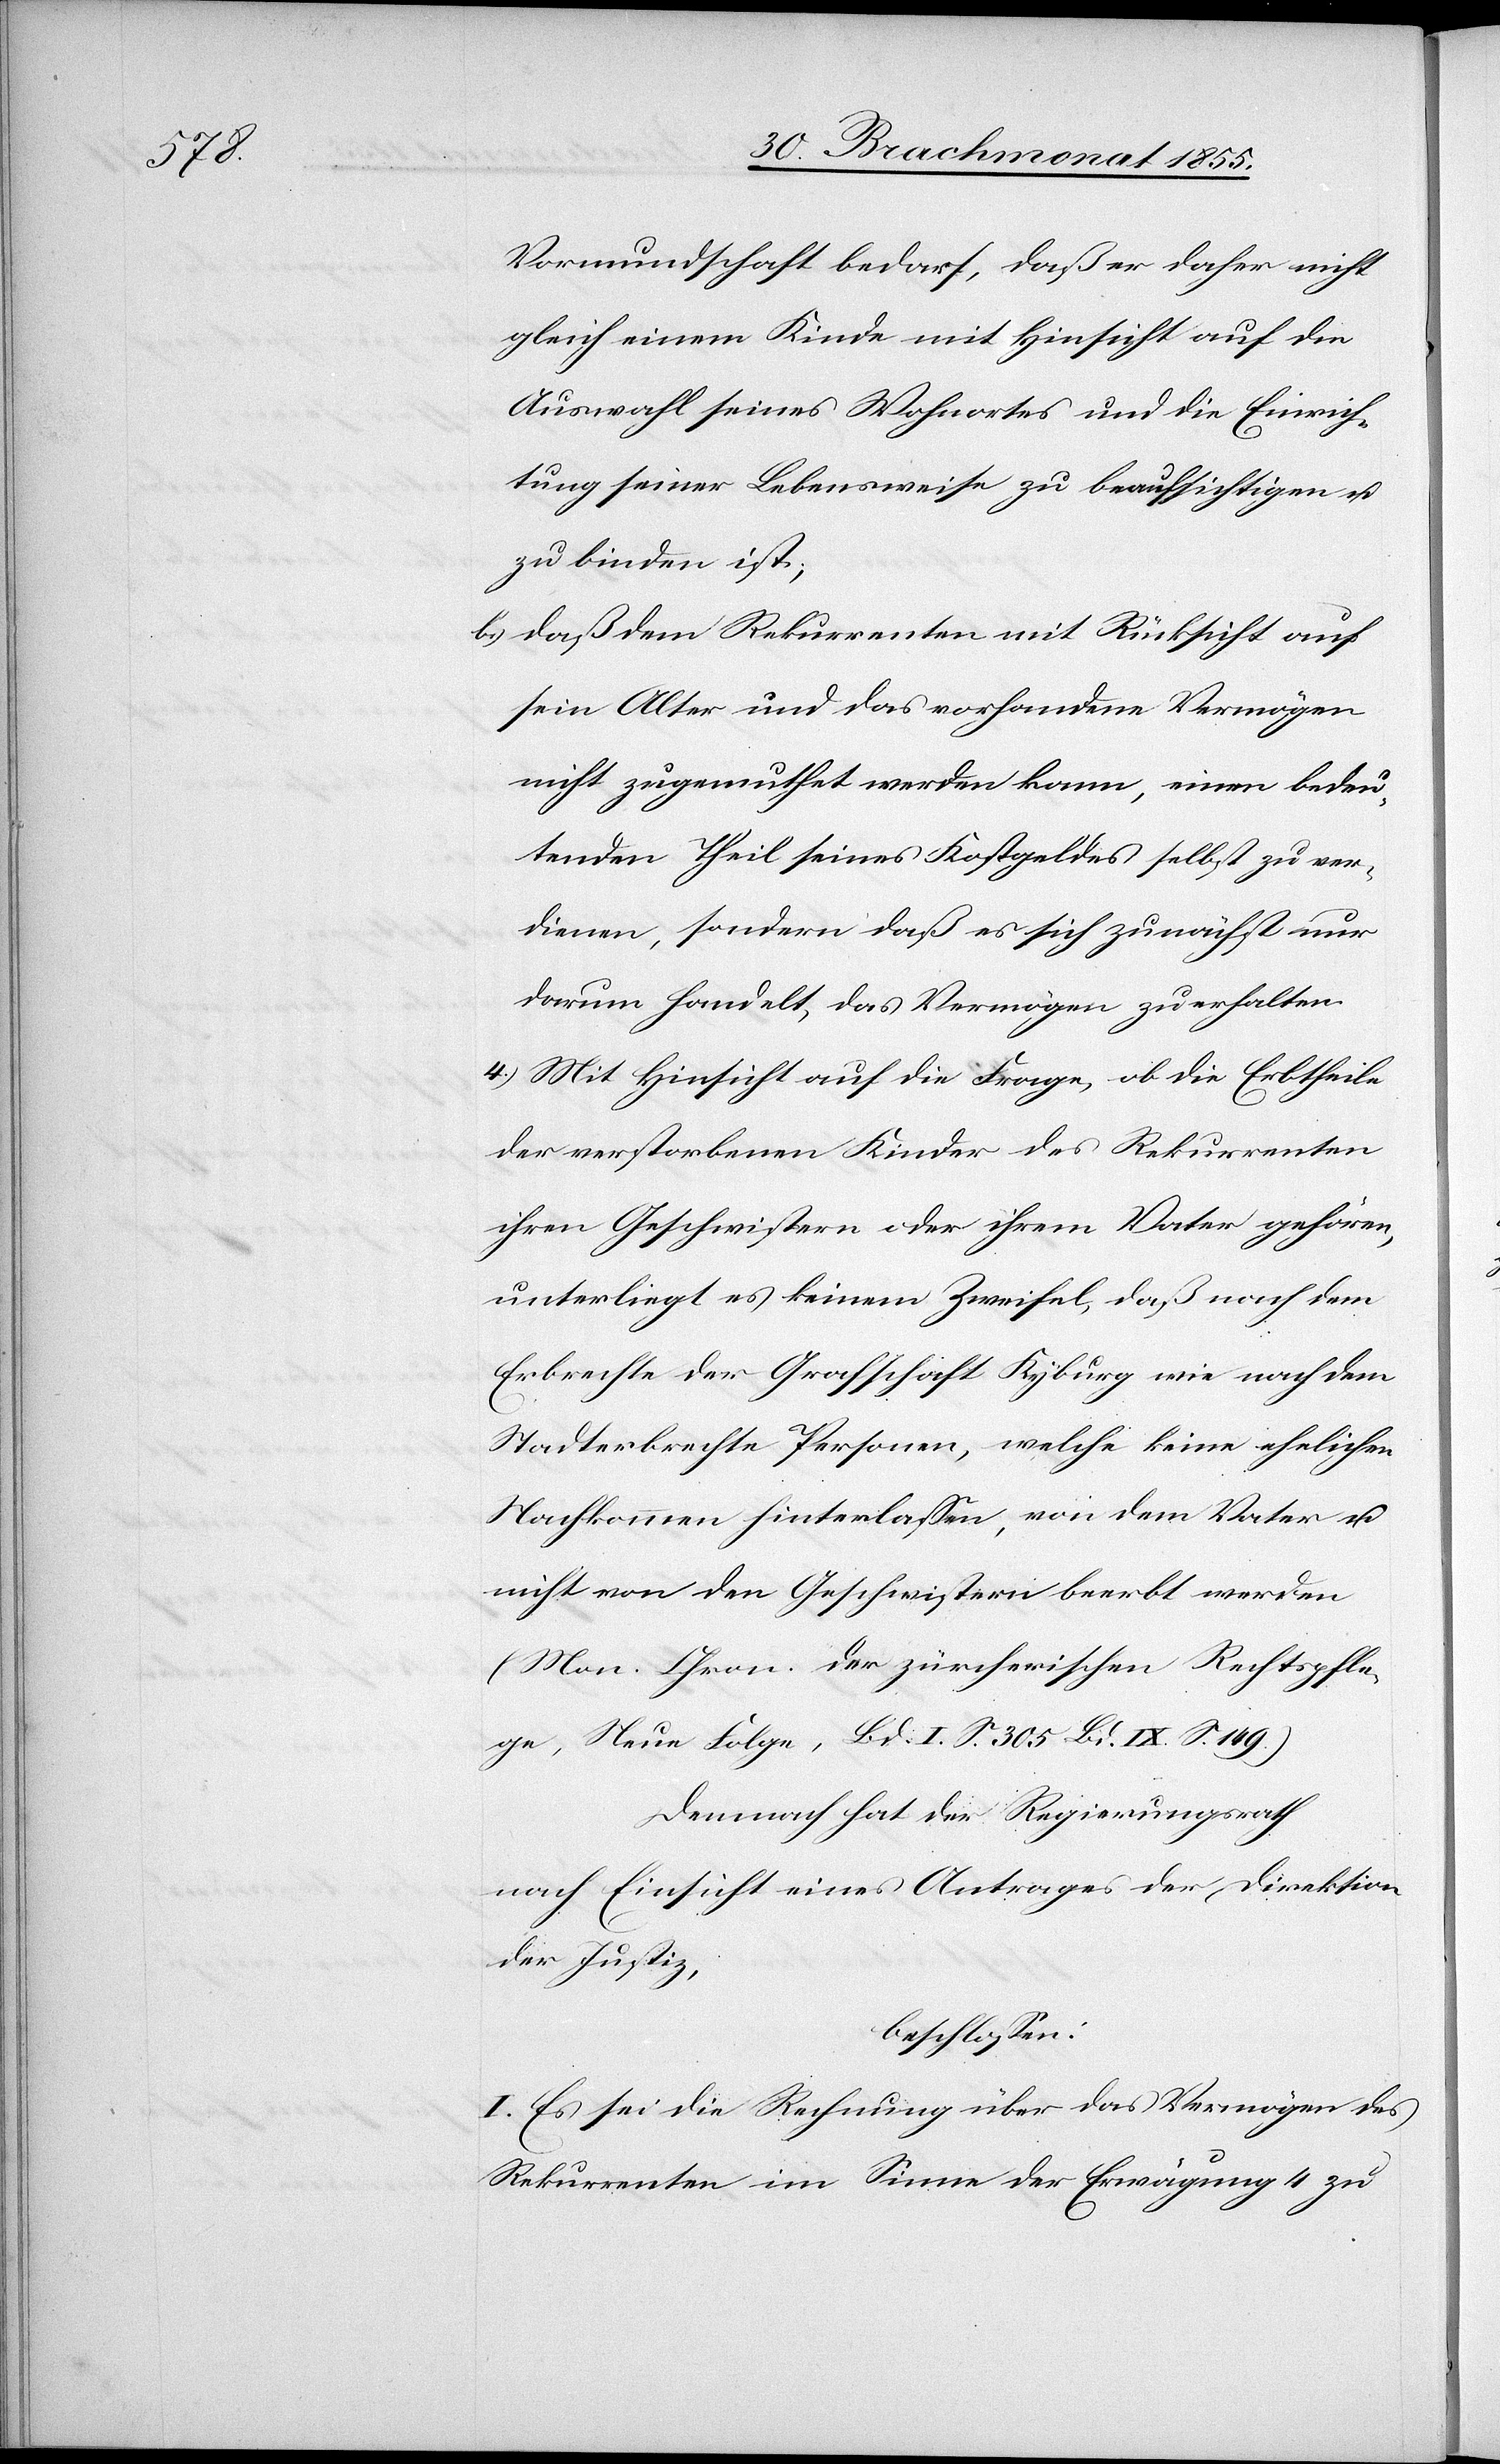
Vormundschaft bedarf, daß er daher nicht
gleich einem Kinde mit Hinsicht auf die
Auswahl seines Wohnortes und die Einrich¬
tung seiner Lebensweise zu beaufsichtigen u.
zu binden ist;
daß dem Rekurrenten mit Rücksicht auf
sein Alter und das vorhandene Vermögen
nicht zugemuthet werden kann, einen bedeu¬
tenden Theil seines Kostgeldes selbst zu ver¬
dienen, sondern daß es sich zunächst nur
darum handelt, das Vermögen zu erhalten.
4.) Mit Hinsicht auf die Frage, ob die Erbtheile
der verstorbenen Kinder des Rekurrenten
ihren Geschwistern oder ihrem Vater gehören,
unterliegt es keinem Zweifel, daß nach dem
Erbrechte der Grafschaft Kyburg wie nach dem
Stadterbrechte Personen, welche keine ehelichen
Nachkommen hinterlassen, von dem Vater u.
nicht von den Geschwistern beerbt werden
(Mon. Chron. der zürcherischen Rechtspfle¬
ge, Neue Folge, Bd. I. S. 305[,] Bd. IX. S. 149.)
Demnach hat der Regierungsrath
nach Einsicht eines Antrages der Direktion
der Justiz,
beschlossen:
I. Es sei die Rechnung über das Vermögen des
Rekurrenten im Sinne der Erwägung 4 zu